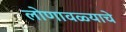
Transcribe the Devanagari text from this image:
लोणावळ्याचे